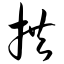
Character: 拱